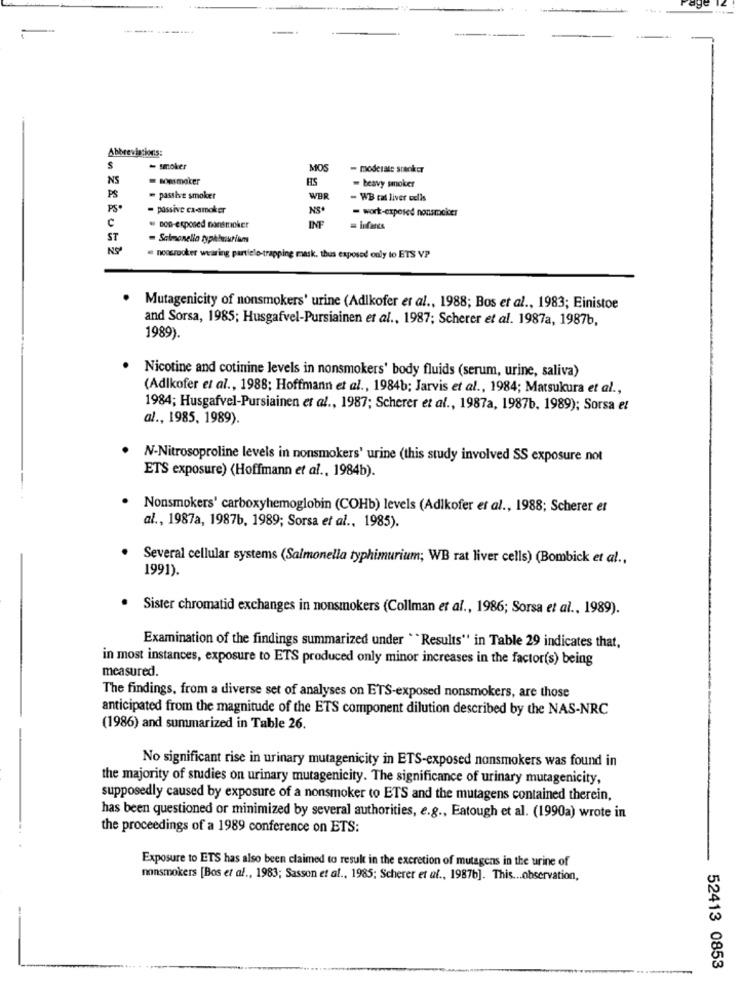
--....
Abbreviations:
- smoker
MOS
- moderate smoker
NS
somsmoker
HS
PS
= beavy smoker
= passive smoker
WBR
- WB cal liver colis
PS
- passive ca-smoker
NS.
= work-exposed nonsmoker
e
pop-exposed nonsmoker
INF
= infants
ST
= Salmonella typhbuutikm
@ noosrooker wearing partielo-trapping mask, thus exposed only to ETS VP
· Mutagenicity of nonsmokers' urine (Adlkofer er al ., 1988; Bos et al ., 1983; Einistoe
and Sorsa, 1985; Husgafvel-Pursiainen et al ., 1987; Scherer et al. 1987a, 1987b,
1989).
Nicotine and cotinine levels in nonsmokers' body fluids (serum, urine, saliva)
(Adlkofer et al ., 1988; Hoffmann et al ., 1984b; Jarvis et al ., 1984; Matsukura et al .,
1984; Husgafvel-Pursiainen et al ., 1987; Scherer et al ., 1987a, 1987b. 1989); Sorsa et
al ., 1985, 1989).
N-Nitrosoproline levels in nonsmokers' urine (this study involved SS exposure not
ETS exposure) (Hoffmann et al ., 1984b).
Nonsmokers' carboxyhemoglobin (COHb) levels (Adikofer et al ., 1988; Scherer et
al ., 1987a, 1987b, 1989; Sorsa et al ., 1985).
· Several cellular systems (Salmonella typhimurium; WB rat liver cells) (Bombick et al .,
1991).
Sister chromatid exchanges in nonsmokers (Collman et al ., 1986; Sorsa et al ., 1989).
Examination of the findings summarized under "Results" in Table 29 indicates that,
in most instances, exposure to ETS produced only minor increases in the factor(s) being
measured.
The findings, from a diverse set of analyses on ETS-exposed nonsmokers, are those
anticipated from the magnitude of the ETS component dilution described by the NAS-NRC
(1986) and summarized in Table 26.
No significant rise in urinary mutagenicity in ETS-exposed nonsmokers was found in
the majority of studies on urinary mutagenicity. The significance of urinary mutagenicity,
supposedly caused by exposure of a nonsmoker to ETS and the mutagens contained therein,
has been questioned or minimized by several authorities, e.g ., Eatough et al. (1990a) wrote in
the proceedings of a 1989 conference on ETS:
Exposure to ETS has also been claimed to result in the excretion of mutagens in the urine of
nonsmokers [Bos et al ., 1983; Sasson et al ., 1985; Scherer et al ., 1987b]. This ... observation,
52413 0853